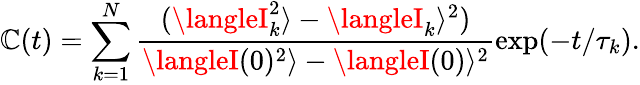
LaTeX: \mathbb{C}(t)=\sum_{k=1}^{N}\frac{{(\langleI_{k}^{2}\rangle-\langleI_{k}\rangle^{2})}}{{\langleI(0)^{2}\rangle-\langleI(0)\rangle^{2}}}\exp(-t/\tau_{k}).